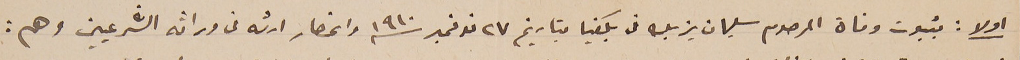
اولا : بثبوت وفاة المرحوم سليمان يزبك فى بكفيا بتاريخ ٢٧ نوفمبر ١٩١٠ وانحصار ارثه فى وراثه الشرعيين وهم :